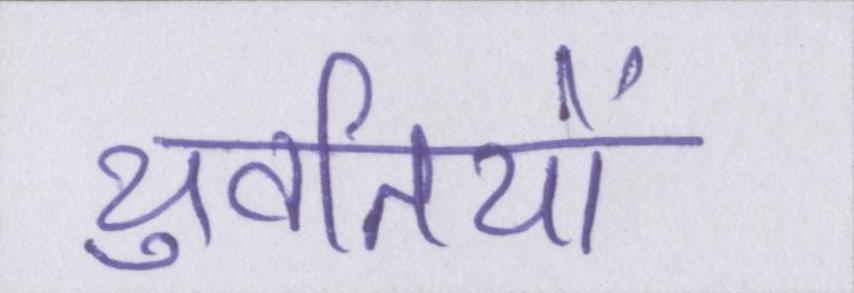
युवतियों